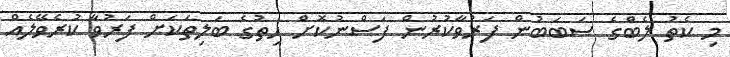
މި ކެތު ލެބްގެ ސަބަބުން ފަރުވާކުރުން ފަސްނުކޮށް ހިތުގެ ބަލިތަކަށް ފަރުވާ ކުރެވޭލެއް